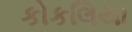
કોકલિયા